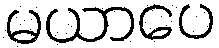
မယာပေ